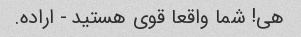
هی! شما واقعا قوی هستید - اراده.